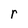
Character: r